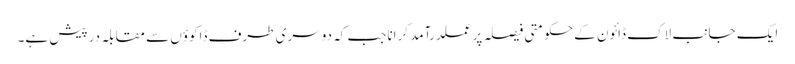
ایک جانب لاک ڈائون کے حکومتی فیصلہ پر عملدرآمد کراناجب کہ دوسری طرف ڈاکوؤں سے مقابلہ درپیش ہے۔